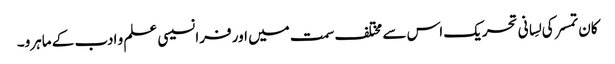
کان تمسر کی لِسانی تحریک اس سے مختلف سمت میں اور فرانسیسی علم و ادب کے ماہرو۔